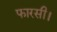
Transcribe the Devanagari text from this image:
फारसी।